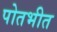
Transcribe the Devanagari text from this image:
पोतभीत